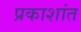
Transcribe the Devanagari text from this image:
प्रकाशांत